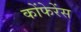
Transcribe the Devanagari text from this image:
कोंफेरेंस